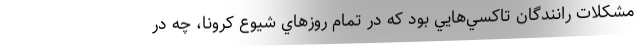
مشكلات رانندگان تاكسي‌هايي بود كه در تمام روزهاي شيوع كرونا، چه در